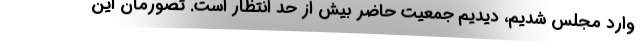
وارد مجلس شدیم، دیدیم جمعیت حاضر بیش از حد انتظار است. تصورمان این